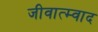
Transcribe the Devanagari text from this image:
जीवात्म्वाद